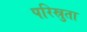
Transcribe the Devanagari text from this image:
परिस्रुता